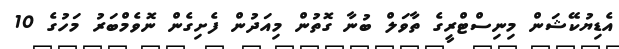
އެޑިޔުކޭޝަން މިނިސްޓްރީގެ ތާވަލް ބުނާ ގޮތުން މިއަދުން ފެށިގެން ނޮވެމްބަރު މަހުގެ 10